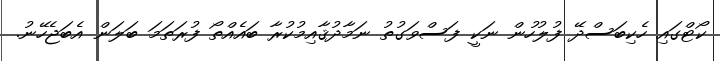
ކޯޓްގައި ހެކިބަސްދޭ ފުލުހުން ނަކީ ފަސްވަގުތު ނަމާދުޤާއިމުކުރާ ބައެއްތޯ ފުރަތަމަ ބަލަން އެބަޖެހޭނު.